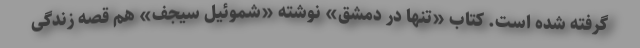
گرفته شده‌ است. کتاب «تنها در دمشق» نوشته «شموئیل سیجف» هم قصه زندگی